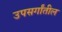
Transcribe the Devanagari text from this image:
उपसर्गांतील